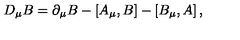
D _ { \mu } B = \partial _ { \mu } B - \left[ A _ { \mu } , B \right] - \left[ B _ { \mu } , A \right] ,